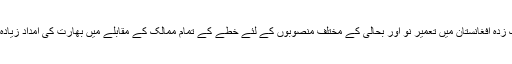
جنگ زدہ افغانستان میں تعمیر نو اور بحالی کے مختلف منصوبوں کے لئے خطے کے تمام ممالک کے مقابلے میں بھارت کی امداد زیادہ ہے۔